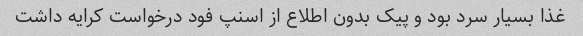
غذا بسیار سرد بود و پیک بدون اطلاع از اسنپ فود درخواست کرایه داشت